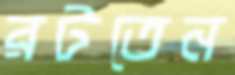
রটতেন